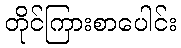
တိုင်ကြားစာပေါင်း